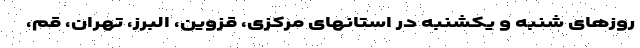
روزهای شنبه و یکشنبه در استانهای مرکزی، قزوین، البرز، تهران، قم،